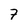
Character: 7